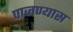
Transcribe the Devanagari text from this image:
पाजण्यास